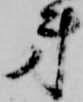
弟